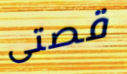
قصتى